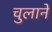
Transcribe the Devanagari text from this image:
चुलाने